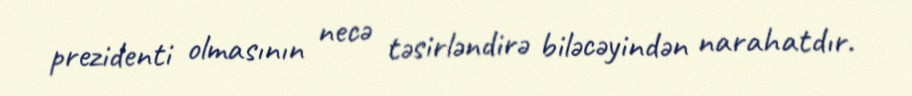
prezidenti olmasının necə təsirləndirə biləcəyindən narahatdır.